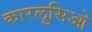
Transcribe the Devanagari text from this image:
कारलुसिओ